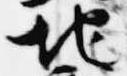
地